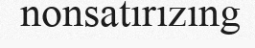
nonsatirizing